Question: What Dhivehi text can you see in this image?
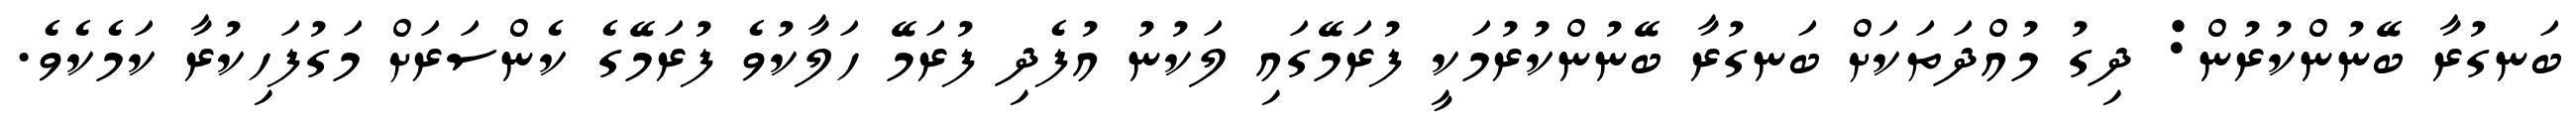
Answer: ބަނގުރާ ބޭނުންކުރުން: ދިގު މުއްދަތަކަށް ބަނގުރާ ބޭނުންކުރުމަކީ ފުރަމޭގައި ލަކުނު އުފެދި ފުރަމޭ ހަލާކުވެ ފުރަމޭގެ ކެންސަރަށް މަގުފަހިކުރާ ކަމެކެވެ.